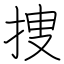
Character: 捜